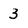
Character: 3